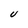
Character: U